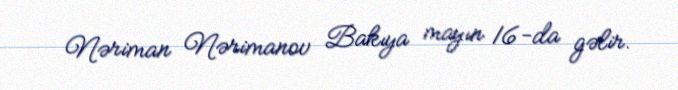
Nəriman Nərimanov Bakıya mayın 16-da gəlir.